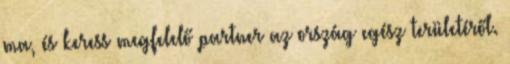
ma, és keress megfelelő partner az ország egész területéről.